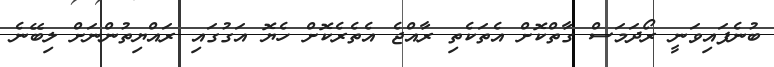
ބުނެފައިވަނީ ރޯދަމަސް ގާތްކޮށް އެތަކެތި ރާއްޖެ އެތެރެކޮށް ހެޔޮ އަގުގައި ރައްޔިތުންނަށް ލިބޭނެ